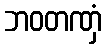
ဘဝတဏှံ